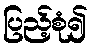
ပြည့်စုံ၍